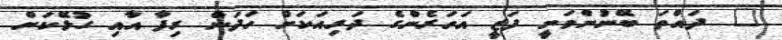
" ދައްތަ ބޭނުންވަނީ ފަޒީ އަހަރެންގެ ދަރިއަކަށް ހަދަން ރިފާ އާއި ގުޅޭކަށް